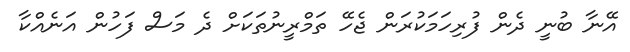
އޭނާ ބުނީ ދެން ފުރިހަމަކުރަން ޖެހޭ ތަމްރީނުތަކަށް ދެ މަސް ފަހުން އަނެއްކާ